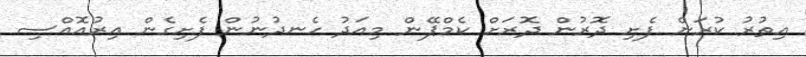
އިތުރު ކުރަން ފެށި ދޮރުން ދޮރަށް ކެމްޕޭން މިއަދު ހެނދުނުން ފެށިގެން އިރުއޮއްސި